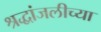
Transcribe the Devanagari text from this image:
श्रद्धांजलीच्या